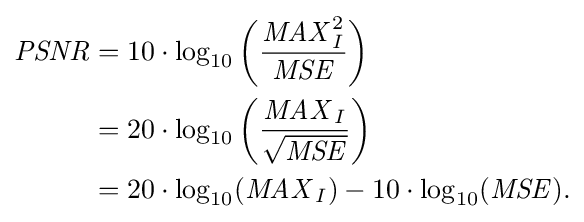
{\begin{aligned}{\mathit {PSNR}}&=10\cdot \log _{10}\left({\frac {{\mathit {MAX}}_{I}^{2}}{\mathit {MSE}}}\right)\\&=20\cdot \log _{10}\left({\frac {{\mathit {MAX}}_{I}}{\sqrt {\mathit {MSE}}}}\right)\\&=20\cdot \log _{10}({\mathit {MAX}}_{I})-10\cdot \log _{10}({\mathit {MSE}}).\end{aligned}}